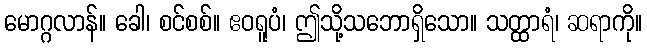
မောဂ္ဂလာန်။ ခေါ၊ စင်စစ်။ ဧဝရူပံ၊ ဤသို့သဘောရှိသော။ သတ္ထာရံ၊ ဆရာကို။